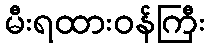
မီးရထားဝန်ကြီး